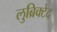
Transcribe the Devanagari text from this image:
लुब्रिक्टेद